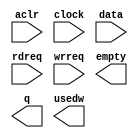
module exp_3x3_ker_fifo_64 (
	aclr,
	clock,
	data,
	rdreq,
	wrreq,
	empty,
	q,
	usedw);

	input	  aclr;
	input	  clock;
	input	[63:0]  data;
	input	  rdreq;
	input	  wrreq;
	output	  empty;
	output	[63:0]  q;
	output	[7:0]  usedw;

endmodule